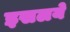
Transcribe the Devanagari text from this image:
इसलये